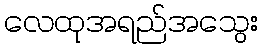
လေထုအရည်အသွေး